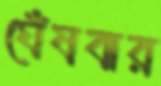
ঘেঁষবার